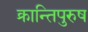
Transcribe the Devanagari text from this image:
क्रान्तिपुरुष